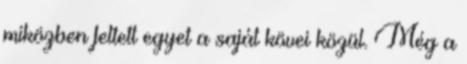
miközben feltett egyet a saját kövei közül. Még a